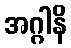
အဂ္ဂါနိ